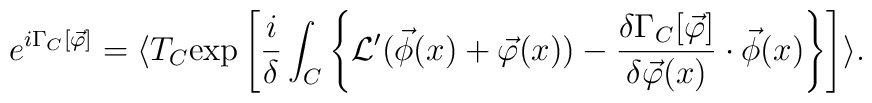
e^{i \Gamma_C [\vec{\varphi}]} = \langle T_C \mbox{exp} \left[ \frac{i}{\delta} \int_C \left\{ {\cal L}' (\vec{\phi} (x) + \vec{\varphi} (x)) - \frac{\delta \Gamma_C [\vec{\varphi}]}{\delta \vec{\varphi} (x)} \cdot \vec{\phi} (x) \right\} \right] \rangle .